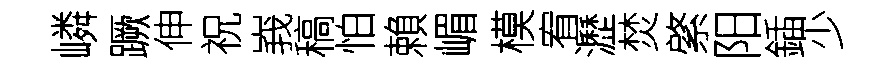
嶙蹶伸祝峩稿怕賴嵋模宥瀝焚綮阳鍤少